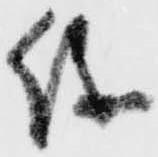
儀